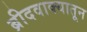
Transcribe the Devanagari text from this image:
ब्रीदवाक्यातून